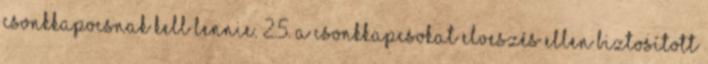
csonkkapocsnak kell lennie. 2.5. A csonkkapcsokat elveszés ellen biztosított